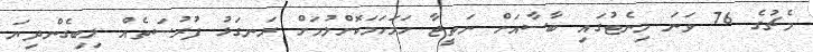
މެޗުގެ 76 ވަނަ މިނެޓުގައި ބާސާއަށް ނަތީޖާ ހަމަހަމަކޮށްލުމަށް ރަނގަޅު ފުރުސަތެއް ލިބިގެންދިޔަ